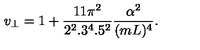
v _ { \bot } = 1 + { \frac { 1 1 \pi ^ { 2 } } { 2 ^ { 2 } . 3 ^ { 4 } . 5 ^ { 2 } } } { \frac { \alpha ^ { 2 } } { ( m L ) ^ { 4 } } } .